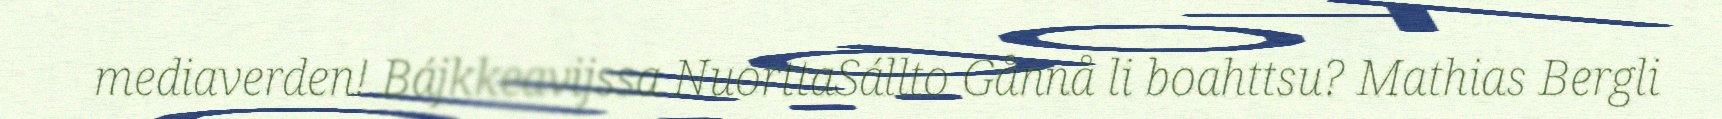
mediaverden! Bájkkeavijssa NuorttaSállto Gånnå li boahttsu? Mathias Bergli